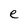
Character: e